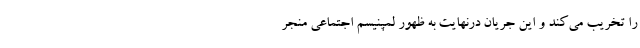
را تخریب می‌کند و این جریان درنهایت به ظهور لمپنیسم اجتماعی منجر